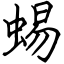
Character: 蜴